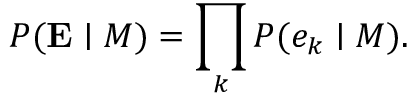
P ( \mathbf { E } \mid M ) = \prod _ { k } { P ( e _ { k } \mid M ) } .